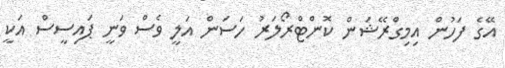
އޭގެ ފަހުން އިމިގްރޭޝަން ކޮންޓްރޯލަރު ހަސަން އަލީ ވެސް ވަނީ ޕައިސީސް އަކީ